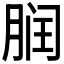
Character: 𬂀